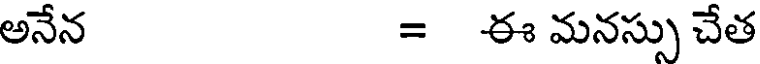
అనేన = ఈ మనస్సు చేత